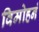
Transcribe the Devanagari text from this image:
विमोहनं